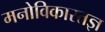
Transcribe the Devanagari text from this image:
मनोविकारतज्ञ